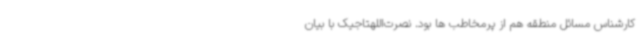
کارشناس مسائل منطقه هم از پرمخاطب ها بود. نصرت‌اللهتاجیک با بیان